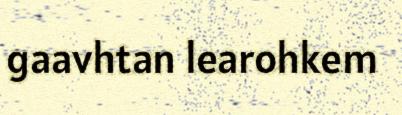
gaavhtan learohkem